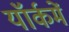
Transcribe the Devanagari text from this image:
यॉर्कमें